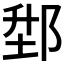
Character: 𨛘